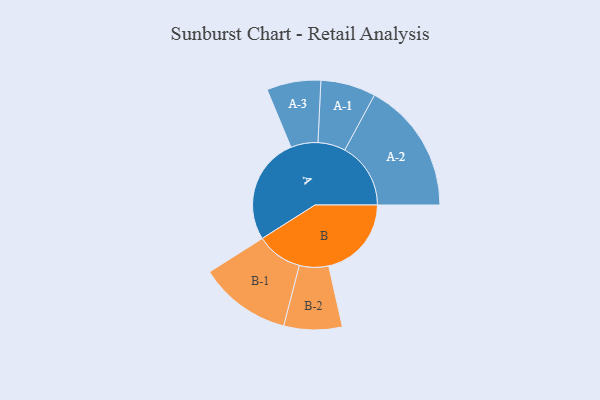
{"axis": {"x": "Segment", "y": "Value"}, "legend": ["", "A", "B"], "data": [{"x": "A", "y": 470, "type": ""}, {"x": "B", "y": 364, "type": ""}, {"x": "A-1", "y": 121, "type": "A"}, {"x": "A-2", "y": 290, "type": "A"}, {"x": "A-3", "y": 119, "type": "A"}, {"x": "B-1", "y": 203, "type": "B"}, {"x": "B-2", "y": 128, "type": "B"}]}